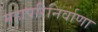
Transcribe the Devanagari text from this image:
महापरिनिर्वाणा